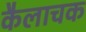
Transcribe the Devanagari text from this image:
कैलाचक